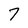
Character: 7